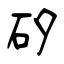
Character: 矽